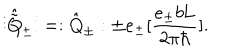
\vdots \hat { \tilde { \mathrm { Q } } } _ { \pm } \vdots = : \hat { \mathrm { Q } } _ { \pm } : \pm e _ { \pm } [ \frac { e _ { \pm } b \mathrm { L } } { 2 { \pi } { \hbar } } ] .